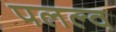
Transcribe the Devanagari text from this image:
पलल्व